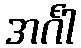
အင်္ဂါ